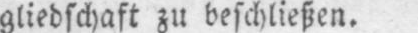
gliedschaft zu beschließen.